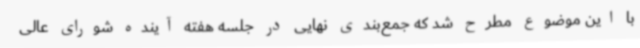
با این موضوع مطرح شد که جمع‌بندی نهایی در جلسه هفته آینده شورای عالی